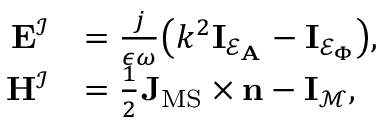
\begin{array} { r l } { \mathbf { E } ^ { \mathcal { I } } } & { = \frac { j } { \epsilon \omega } \big ( k ^ { 2 } \mathbf { I } _ { \mathcal { E } _ { \mathbf { A } } } - \mathbf { I } _ { \mathcal { E } _ { \Phi } } \big ) , } \\ { \mathbf { H } ^ { \mathcal { I } } } & { = \frac { 1 } { 2 } \mathbf { J } _ { \mathrm { M S } } \times \mathbf { n } - \mathbf { I } _ { \mathcal { M } } , } \end{array}